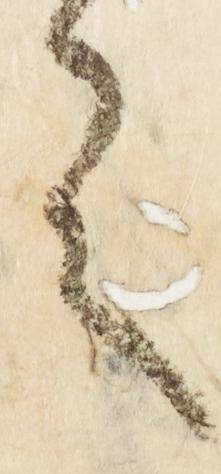
言